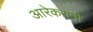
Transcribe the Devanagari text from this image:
आरेकरांनी